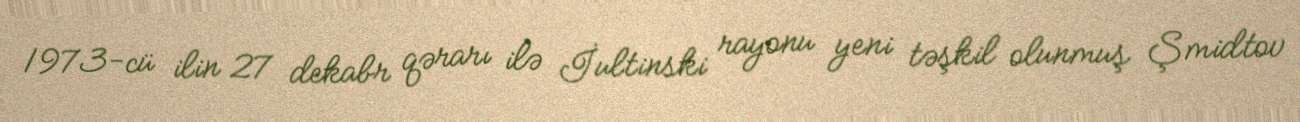
1973-cü ilin 27 dekabr qərarı ilə İultinski rayonu yeni təşkil olunmuş Şmidtov